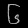
Digit: ၆